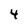
Character: 4